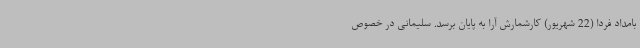
بامداد فردا (22 شهریور) کارشمارش آرا به پایان برسد. سلیمانی در خصوص